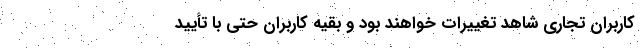
کاربران تجاری شاهد تغییرات خواهند بود و بقیه کاربران حتی با تأیید